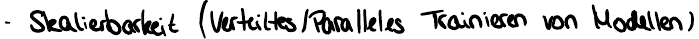
- Skalierbarkeit (Verteiltes / Paralleles Trainieren von Modellen)